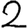
Digit: 2